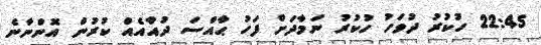
22:45 ހުކުރު ދުވަހު ހުކުރު ނަމާދަށް ފަހު ޙާއްސަ ދުއާއެއް ކުރުން އޮންނާނެ